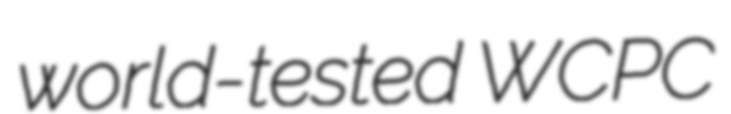
world-tested WCPC